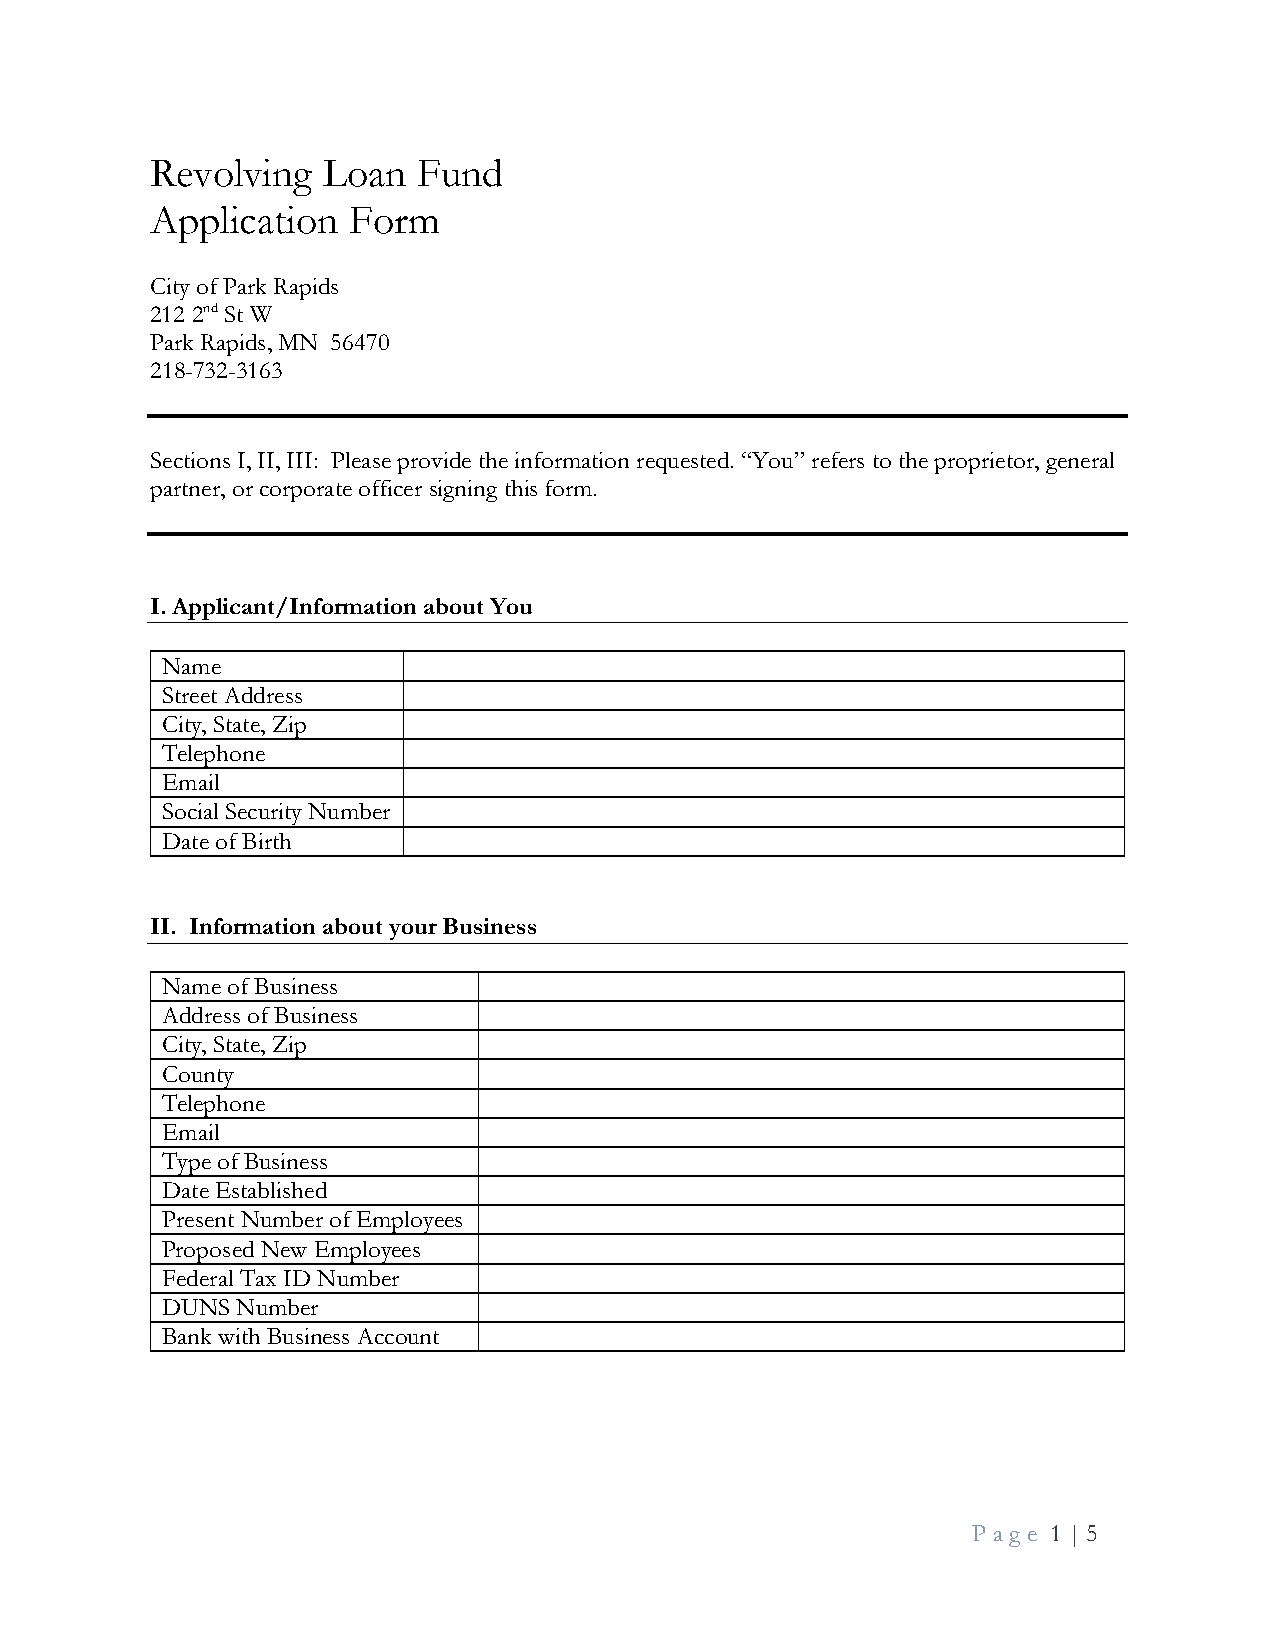
Revolving  Loan   Fund
 Application  Form
 City of Park Rapids
 212 2nd St W
 Park Rapids, MN 56470
 218-732-3163
 Sections I, II, III: Please provide the information requested. “You” refers to the proprietor, general
 partner, or corporate officer signing this form.
 I. Applicant/Information about You
 Name
 Street Address
 City, State, Zip
 Telephone
 Email
 Social Security Number
 Date of Birth
 II. Information about your Business
 Name of Business
 Address of Business
 City, State, Zip
 County
 Telephone
 Email
 Type of Business
 Date Established
 Present Number of Employees
 Proposed New Employees
 Federal Tax ID Number
 DUNS Number
 Bank with Business Account
 Pa g e 1 | 5